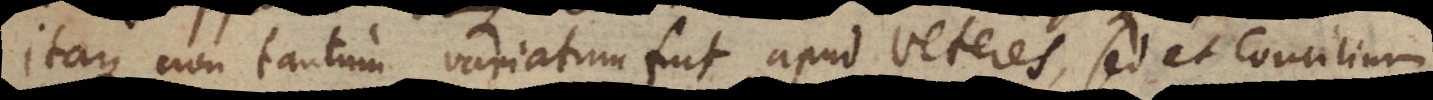
que non tantum variatum fuit apud veteres, sed et Concilium